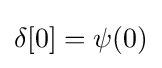
\delta [0]=\psi (0)